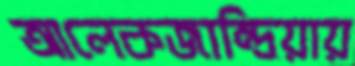
আলেকজান্দ্রিয়ায়